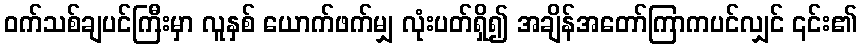
ဝက်သစ်ချပင်ကြီးမှာ လူနှစ် ယောက်ဖက်မျှ လုံးပတ်ရှိ၍ အချိန်အတော်ကြာကပင်လျှင် ၎င်း၏